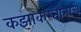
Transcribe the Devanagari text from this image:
कझाकस्तानाचे